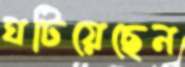
ঘটিয়েছেন